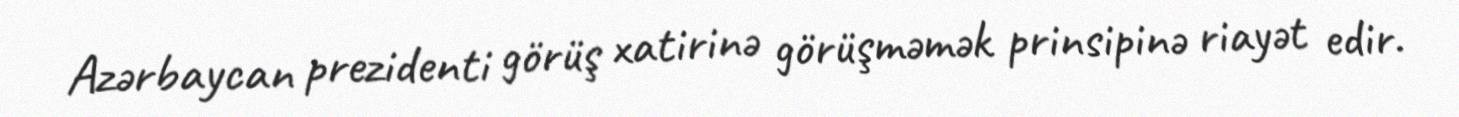
Azərbaycan prezidenti görüş xatirinə görüşməmək prinsipinə riayət edir.